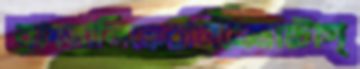
বাংলালিঙ্কেরসিনেমাটোগ্